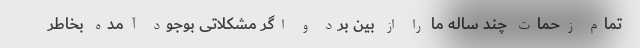
تمام زحمات چند ساله ما را از بین برد و اگر مشکلاتی بوجود آمده بخاطر